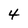
Character: 4